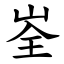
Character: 峑